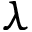
\lambda